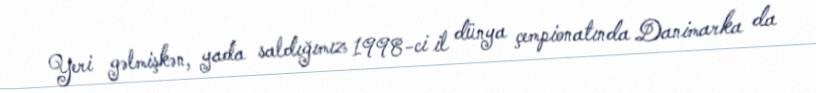
Yeri gəlmişkən, yada saldığımız 1998-ci il dünya çempionatında Danimarka da